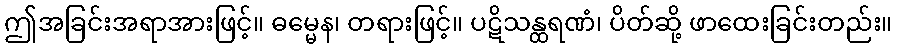
ဤအခြင်းအရာအားဖြင့်။ ဓမ္မေန၊ တရားဖြင့်။ ပဋိသန္ထရဏံ၊ ပိတ်ဆို့ ဖာထေးခြင်းတည်း။